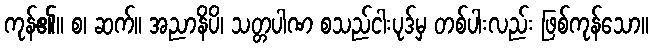
ကုန်၏။ စ၊ ဆက်။ အညာနိပိ၊ သတ္တပါဏ စသည်ငါးပုဒ်မှ တစ်ပါးလည်း ဖြစ်ကုန်သော။